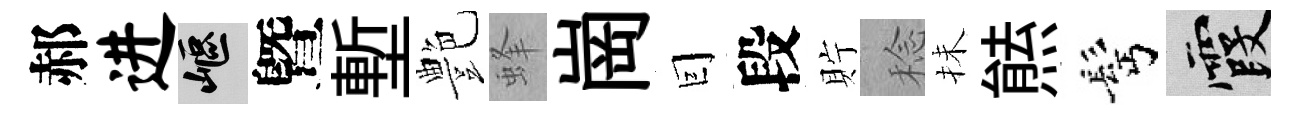
郝进嶇曁塹艶蜂崗囙段貯稔抺㷱髩霞